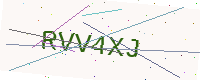
Text: RVV4XJ